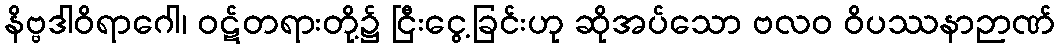
နိဗ္ဗဒါဝိရာဂေါ၊ ဝဋ်တရားတို့၌ ငြီးငွေ့ခြင်းဟု ဆိုအပ်သော ဗလဝ ဝိပဿနာဉာဏ်